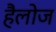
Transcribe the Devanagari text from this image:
हैलोज